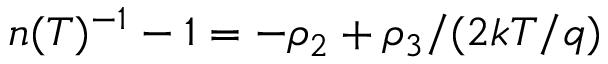
n ( T ) ^ { - 1 } - 1 = - \rho _ { 2 } + \rho _ { 3 } / ( 2 k T / q )